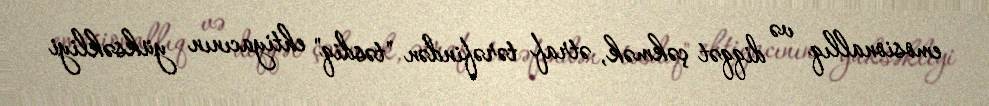
emosionallıq və diqqət çəkmək, ətraf tərəfindən "təsdiq" ehtiyacının yüksəkliyi